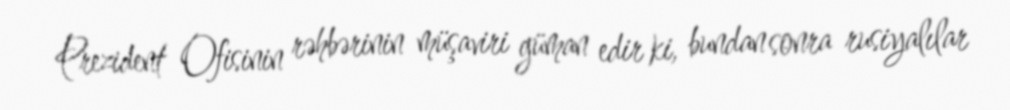
Prezident Ofisinin rəhbərinin müşaviri güman edir ki, bundan sonra rusiyalılar